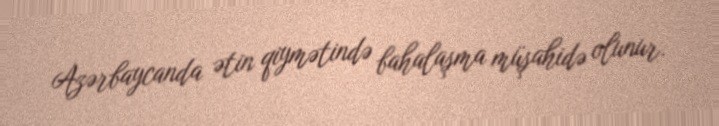
Azərbaycanda ətin qiymətində bahalaşma müşahidə olunur.